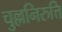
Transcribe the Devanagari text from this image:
चुल्लनिरुत्ति